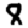
Digit: 8